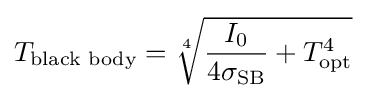
T_{\text{black body}}={\sqrt[{4}]{{\frac {I_{0}}{4\sigma _{\text{SB}}}}+T_{\text{opt}}^{4}}}